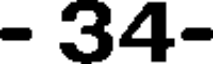
- 34-